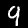
Label: 9